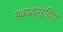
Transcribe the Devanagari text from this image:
अवयवसंहतियों